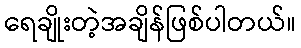
ရေချိုးတဲ့အချိန်ဖြစ်ပါတယ်။